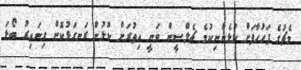
މެޗުގެ ފަހުހާފަށް ކުޅެންނިކުމެ ޗެލްސީން ވަނީ އިތުރަށް ކުޅުން ރަނގަޅުކޮށް ގިނައިރު ބޯޅަ